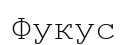
Фукус